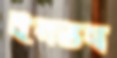
ইনভল্ব